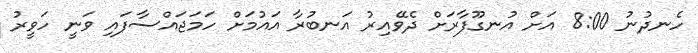
ހެނދުނު 8:00 އަށް އުނގޫފާރަށް ދެވޭއިރު އަނބުރާ އައުމަށް ހަމަޖައްސާފައި ވަނީ ހަވީރު